Vaccination in Bombay 1874-1876 - 1874-1876
Year: 1874
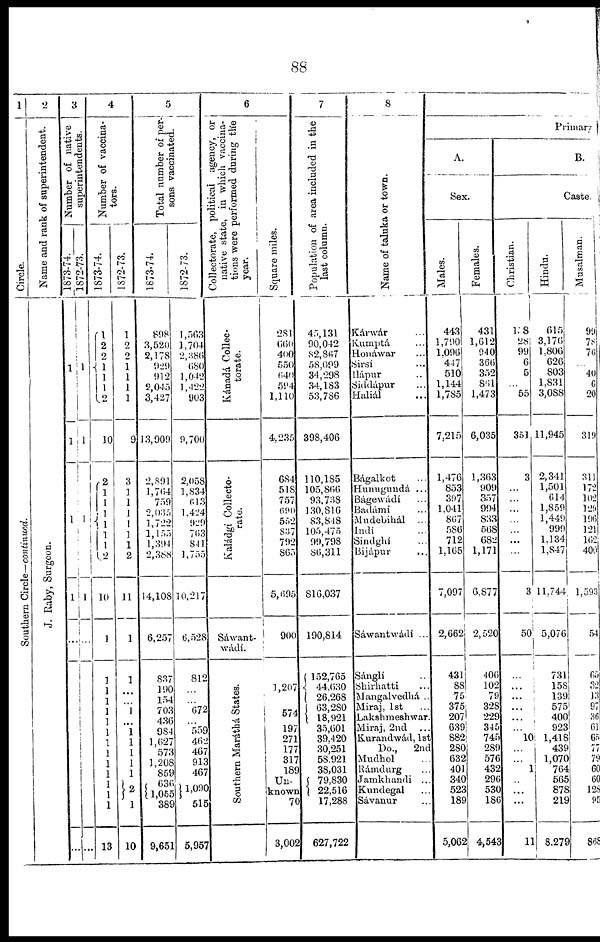
88
1
Circle.
Southern Circle—continued.
2
Name and rank of superintendent.
J. Raby, Surgeon.
3
Number of native
superintendents.
1873-74.
1
1
1
1
...
...
1872-73.
1
1
1
1
...
...
4
Number of vaccina-
tors.
1873-74.
1
2
2
1
1
1
2
10
2
1 1
1
1
1
1
2
10
1
1
1
1
1
1
1
1
1
1
1
1
1
1
13
1872-73.
1
2
2
1
1
1
1
9
3
1
1
1
1
1
1
2
11
1
1
...
...
1
...
1
1
1
1
1
2
1
10
5
Total number of per-
sons vaccinated.
1873-74.
898
3,520
2,178
929
912
2,045
3,427
13,909
2,891
1,764
759
2,035
1,722
1,155
1,394
2,388
14,108
6,257
837
190
154
703
436
984
1,627
573
1,208
859
636
1,055
389
9,651
1872-73.
1,563
1,704
2,381
680
1,042
l,422
903
9,700
2,058
1,834
613
1,424
929
763
841
1,755
10,217
6,528
812
...
...
672
...
559
462
437
913
467
1,090
515
5,957
6
Collectorate, political agency, or
native state, in which vaccina-
tions were performed during the
year.
Kanada Collec-
torate.
Kaladgi Collecto-
rate.
Sawant-
wadi.
Southern Maratha States.
Square miles.
281
660
400
550
640
594
1,110
4,235
684
518
757
690
552
837
792
865
5,695
900
1,207
574
197
271
177
317
189
Un-
known
70
3,002
7
Population of area included in the
last column.
45,131
90,042
82,867
58,099
34,298
34,183
53,786
398,406
110,185
105,866
93,738
130,816
83,848
105,475
99,798
86,311
816,037
190,814
152,765
44,630
26,268
63,280
18,921
35,601
39,420
30,251
58,921
38,031
79,830
22,516
17,288
627,722
8
Name of taluka or town.
Karwar ...
Kumpta ...
Honawar ...
Sirsi ...
Hapur ...
Siddapur ...
Halial ...
Bagalkot ...
Hunuguuda ...
Bagewadi ...
Badami ...
Mudebihal
...
Indi ...
Sindghi ...
Bijápur ...
Sawantwadi ...
Ságli ...
Shirhatti ...
Mangalvedha ..
Miraj, 1st ...
Lakshmeshwar.
Miraj, 2nd
...
Kurandwád, 1st
Do.,
2nd
Mudhol ...
Ramdurg ...
Jamkhandi ...
Kundegal ...
Savanur ...
Primary
A.
Sex.
Males.
443
1,790
1,096
447
510
1,144
1,785
7,215
1,476
853
397
1,041
867
586
712
1,165
7,097
2,662
431
88
75
375
207
639
882
280
632
401
340
523
189
5,062
Females.
431
1,612
940
366
352
861
1,473
6,035
1,363
909
357
994
833
568
682
1,171
6,877
2,520
406
102
79
328
229
345
745
289
576
432
296
530
186
4,543
B.
Caste.
Christian.
l08
28
99
6
5
...
55
351
3
...
...
...
...
...
...
...
3
50
...
...
...
...
...
...
10
...
...
1
...
...
...
11
Hindu.
615
3,176
1,806
626
803
1,831
3,088
11,945
2,341
1,501
614
1,859
1,449
999
1,134
1,847
11,744
5,076
731
158
139
575
400
923
1,418
439
1,070
764
565
878
219
8,279
Musalman.
99
78
76
...
40
6
20
319
311
172
102
129
196
121
162
400
1,593
54
65
32
13
97
36
61
65
77
79
60
60
128
95
868